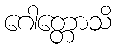
ဂေါတ္တောသိ